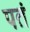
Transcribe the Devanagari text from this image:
पतं